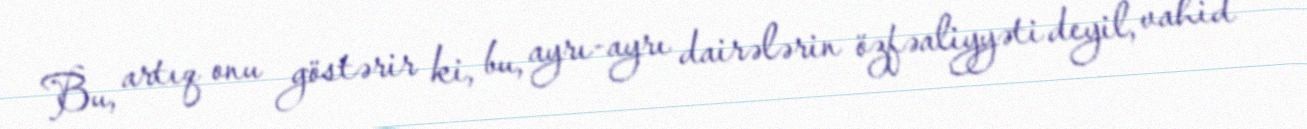
Bu, artıq onu göstərir ki, bu, ayrı-ayrı dairələrin özfəaliyyəti deyil, vahid